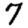
Digit: 7